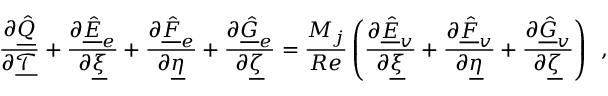
\frac { \partial \underline { { \hat { Q } } } } { \partial \underline { { \mathcal { T } } } } + \frac { \partial \underline { { \hat { E } } } _ { e } } { \partial \underline { { \xi } } } + \frac { \partial \underline { { \hat { F } } } _ { e } } { \partial \underline { { \eta } } } + \frac { \partial \underline { { \hat { G } } } _ { e } } { \partial \underline { { \zeta } } } = \frac { M _ { j } } { R e } \left( \frac { \partial \underline { { \hat { E } } } _ { v } } { \partial \underline { { \xi } } } + \frac { \partial \underline { { \hat { F } } } _ { v } } { \partial \underline { { \eta } } } + \frac { \partial \underline { { \hat { G } } } _ { v } } { \partial \underline { { \zeta } } } \right) \, \mathrm { ~ , ~ }